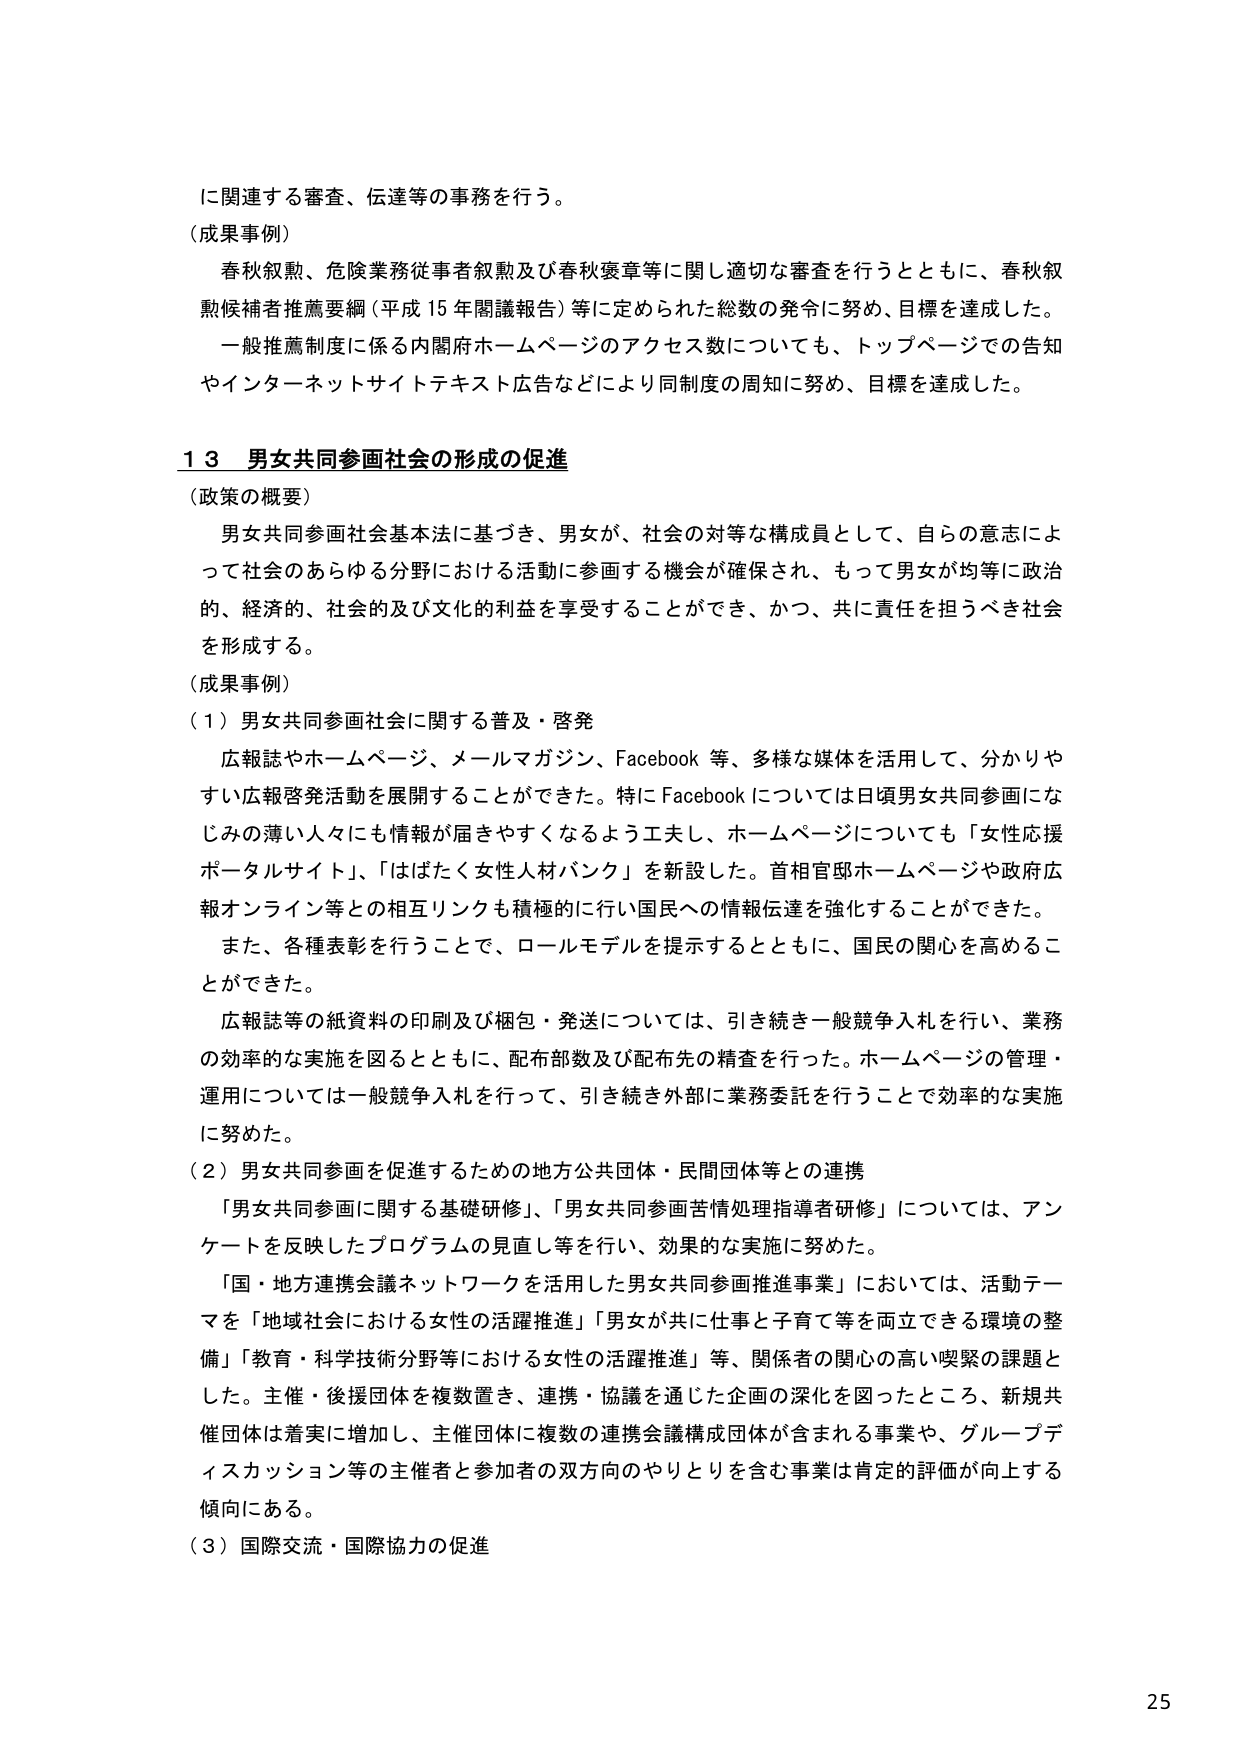
に関連する審査、伝達等の事務を行う。

（成果事例）
春秋叙勲、危険業務従事者叙勲及び春秋褒章等に関し適切な審査を行うとともに、春秋叙勲候補者推薦要綱（平成15年閣議報告）等に定められた総数の発令に努め、目標を達成した。
一般推薦制度に係る内閣府ホームページのアクセス数についても、トップページでの告知やインターネットサイトテキスト広告などにより同制度の周知に努め、目標を達成した。

１３ 男女共同参画社会の形成の促進

（政策の概要）
男女共同参画社会基本法に基づき、男女が、社会の対等な構成員として、自らの意志によって社会のあらゆる分野における活動に参画する機会が確保され、もって男女が均等に政治的、経済的、社会的及び文化的利益を享受することができ、かつ、共に責任を担うべき社会を形成する。

（成果事例）
（１）男女共同参画社会に関する普及・啓発
広報誌やホームページ、メールマガジン、Facebook等、多様な媒体を活用して、分かりやすい広報啓発活動を展開することができた。特にFacebookについては日頃男女共同参画になじみの薄い人々にも情報が届きやすくなるよう工夫し、ホームページについても「女性応援ポータルサイト」、「はばたく女性人材バンク」を新設した。首相官邸ホームページや政府広報オンライン等との相互リンクも積極的に行い国民への情報伝達を強化することができた。
また、各種表彰を行うことで、ロールモデルを提示するとともに、国民の関心を高めることができた。
広報誌等の紙資料の印刷及び梱包・発送については、引き続き一般競争入札を行い、業務の効率的な実施を図るとともに、配布部数及び配布先の精査を行った。ホームページの管理・運用については一般競争入札を行って、引き続き外部に業務委託を行うことで効率的な実施に努めた。

（２）男女共同参画を促進するための地方公共団体・民間団体等との連携
「男女共同参画に関する基礎研修」、「男女共同参画苦情処理指導者研修」については、アンケートを反映したプログラムの見直し等を行い、効果的な実施に努めた。
「国・地方連携会議ネットワークを活用した男女共同参画推進事業」においては、活動テーマを「地域社会における女性の活躍推進」「男女が共に仕事と子育て等を両立できる環境の整備」「教育・科学技術分野等における女性の活躍推進」等、関係者の関心の高い喫緊の課題とした。主催・後援団体を複数置き、連携・協議を通じた企画の深化を図ったところ、新規共催団体は着実に増加し、主催団体に複数の連携会議構成団体が含まれる事業や、グループディスカッション等の主催者と参加者の双方向のやりとりを含む事業は肯定的評価が向上する傾向にある。

（３）国際交流・国際協力の促進

25